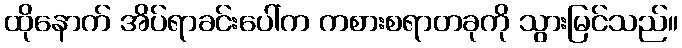
ထိုနောက် အိပ်ရာခင်းပေါ်က ကစားစရာတခုကို သွားမြင်သည်။